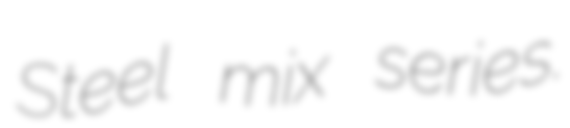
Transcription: Steel mix series.